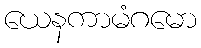
ယေနကာမံဂမော